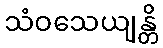
သံဝသေယျန္တိ